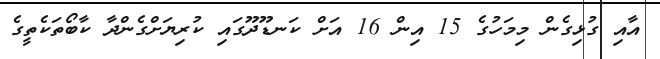
އާއި ގުޅިގެން މިމަހުގެ 15 އިން 16 އަށް ކަނޑޫދޫގައި ކުރިޔަށްގެންދާ ކާބޯތަކެތީގެ